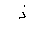
Letter: _thal